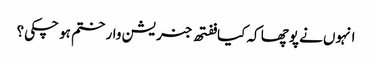
انہوں نے پوچھا کہ کیا ففتھ جنریشن وار ختم ہو چکی؟